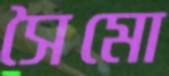
সৈমো